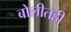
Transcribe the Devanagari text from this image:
बोलीतही